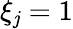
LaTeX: \xi_{\mathit{j}}=1